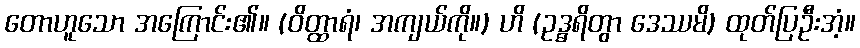
တောဟူသော အကြောင်း၏။ (ဝိတ္ထာရံ၊ အကျယ်ကို။) ဟိ (ဥဒ္ဓရိတွာ ဒေဿမိ) ထုတ်ပြဦးအံ့။